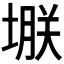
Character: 𫮗